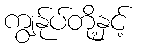
ကျွနု်ပ်တို့နှင့်